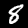
Digit: 8